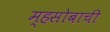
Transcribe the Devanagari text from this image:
म्हसोबाची